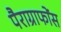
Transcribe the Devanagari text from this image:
पैराग्राफोंस